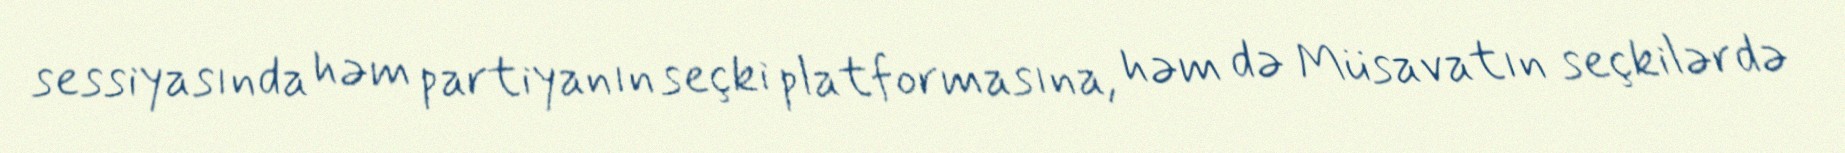
sessiyasında həm partiyanın seçki platformasına, həm də Müsavatın seçkilərdə